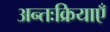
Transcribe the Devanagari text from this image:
अन्तःक्रियाएँ